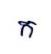
ក